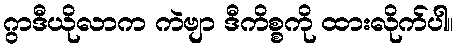
ဂွာဒီယိုလာက ကဲဗျာ ဒီကိစ္စကို ထားလိုက်ပါ။